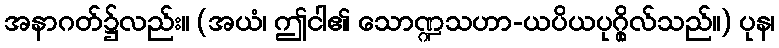
အနာဂတ်၌လည်း။ (အယံ၊ ဤငါ၏ သောဏ္ဍသဟာ-ယပိယပုဂ္ဂိုလ်သည်။) ပုန၊